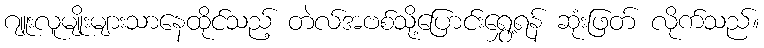
ဂျူးလူမျိုးများသာနေထိုင်သည့် တဲလ်အဗစ်သို့ပြောင်းရွှေ့ရန် ဆုံးဖြတ် လိုက်သည်။